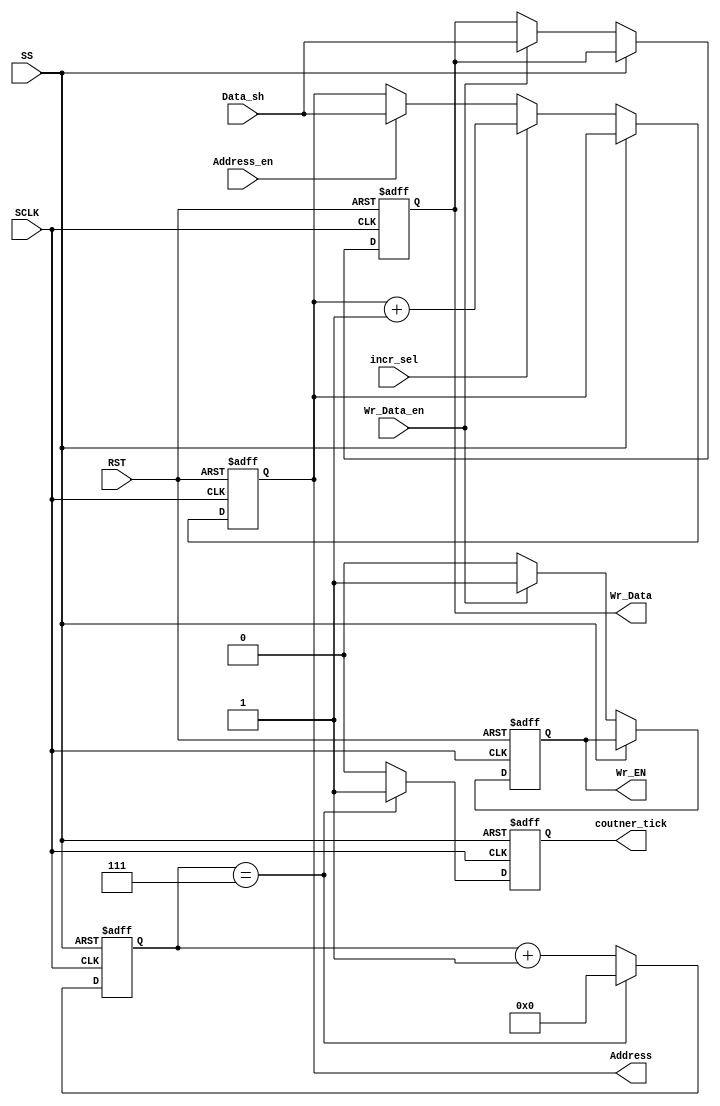

//////////////////////////////////////////////////////////////////////////////////
// Company: 
// 
// Design Name: 
// Module Name:    SPIslave_InternalComponent 
// Project Name: 
// Target Devices: 
// Tool versions: 
// Description: 
//
// Dependencies: 
//
// Revision: 
// Revision 0.01 - File Created
// Additional Comments: 
//
//////////////////////////////////////////////////////////////////////////////////
module SPIslave_InternalComponent #(
	// parametr to define the width of the address bus and the data bus
	parameter WIDTH = 8
	)(
	// input internal bus from shift register
	input wire [WIDTH-1:0] Data_sh,
	
	// input internal control signal from FSM indicates address is valid to be captured 
	input wire Address_en,
	
	// input internal control signal from FSM indicates write data is valid to be captured
	input wire Wr_Data_en,
	
	// input internal control signal from FSM is used to activate the incrementer to increment the current address to the next one
	input wire incr_sel,
	
	// input clock to the system 
	input wire SCLK,
	
	// input slave select from SPI slave master
	input wire SS,
	
	// input the system as active low reset
	input wire RST,
	
	// output internal control singal indicates that the counter overflow
	output reg coutner_tick,
	
	// output signal from the system to REG file to write enable
	output reg Wr_EN,
	
	// output bus from the system to REG file as address bus to write in or read from
	output reg [WIDTH-1:0] Address, 
	
	// output bus from the system to REG file as data to write into
	output reg [WIDTH-1:0] Wr_Data
	);
  
	// local parameter to define the width of the counter
	parameter COUNTER_WIDTH = $clog2(WIDTH);
	
	// defining the counter to count number of bits entered to the system
	reg [COUNTER_WIDTH:0] counter;
	
	//////////////////////////////////////////////////////////////////////////////////////////
	// sequential always to reset the system and assign the outputs form SPI slave to REG file
	//////////////////////////////////////////////////////////////////////////////////////////
	always @ (posedge SCLK or negedge RST)	begin 
		if (!RST)	begin
			// reset all registers
			Address <= {WIDTH {1'b0}};
			Wr_Data <= {WIDTH {1'b0}};
			Wr_EN <= 1'b0;
		end
    
		else	begin
			if(!SS)	begin
        
				if(Wr_Data_en)	begin
					// assign the data of write data bus to shift register
					Wr_Data <= Data_sh;
					// assign the write enable signal to one to enable REG file to write the data
					Wr_EN <= 1'b1;
				end
				else	begin
					// write data bus still the same and deactivate the enable signal
					Wr_EN <= 1'b0;
				end
        
				if(incr_sel)
					// increment the address bus to the next address to enable multi mode
					Address <= Address + 1;
				else if (Address_en)
					// assign the address bus to data from the shift register
					Address <= Data_sh;
				else begin
					// address bus still the same
				end
			end
		end
	end
	
	///////////////////////////////////////////////////////////////////////////
	// sequential always to reset the counter and handle the counter operations
	///////////////////////////////////////////////////////////////////////////
	
	always @ (posedge SCLK or posedge SS)	begin 
	
		if(SS)	begin
			// reset the conter and the conter tick register
			counter <= {COUNTER_WIDTH {1'b0}};
			coutner_tick <= 1'b0;
		end
		else	begin
			if (counter == WIDTH-1)	begin
				// reset the counter when overflow happen
				counter <= {COUNTER_WIDTH {1'b0}};
				// conter tick with overflow of the counter
				coutner_tick <= 1'b1;
			end
			else	begin
				// increment the counter withe each clock cycle
				counter <= counter +1;
				coutner_tick <= 1'b0;
			end
		end
	end
  
endmodule